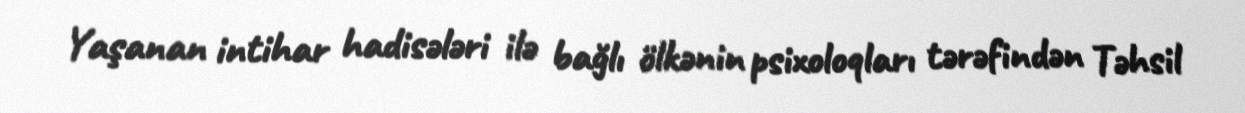
Yaşanan intihar hadisələri ilə bağlı ölkənin psixoloqları tərəfindən Təhsil